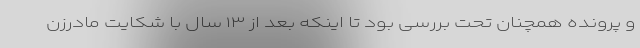
و پرونده همچنان تحت بررسی بود تا اینکه بعد از ۱۳ سال با شکایت مادرزن